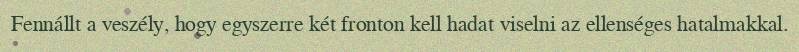
Fennállt a veszély, hogy egyszerre két fronton kell hadat viselni az ellenséges hatalmakkal.